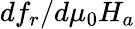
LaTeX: df_{r}/d\mu_{0}H_{a}